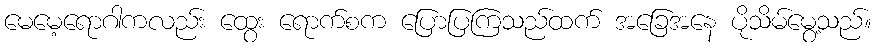
မေမေ့ရောဂါကလည်း ထွေး ရောက်စက ပြောပြကြသည်ထက် အခြေအနေ ပိုသိမ်မွေ့သည်။